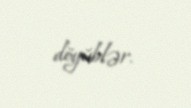
döyüblər.